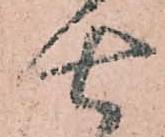
七